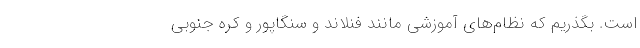
است. بگذریم که نظام‌های آموزشی مانند فنلاند و سنگاپور و کره جنوبی